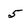
Character: 5